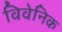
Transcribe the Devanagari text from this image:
विवेनिक